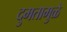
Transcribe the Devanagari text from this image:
दुमतामुळे